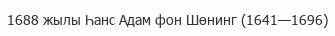
1688 жылы Һанс Адам фон Шөнинг (1641—1696)